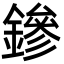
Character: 鏒